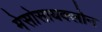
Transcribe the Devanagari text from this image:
मेसोसायक्लोन